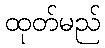
ထုတ်မည်